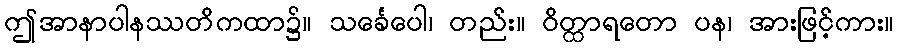
ဤအာနာပါနဿတိကထာ၌။ သင်္ခေပေါ၊ တည်း။ ဝိတ္ထာရတော ပန၊ အားဖြင့်ကား။